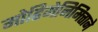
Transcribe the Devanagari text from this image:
मोहिमेनिमित्ताने